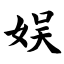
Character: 娱